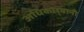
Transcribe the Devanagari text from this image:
अधिकार्‍यानी